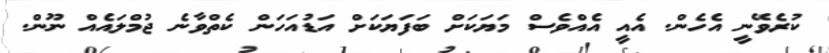
ކުރެވޭނީ އެހެން. އެއީ އެއްވެސް މަޔަކަށް ބަފަޔަކަށް އަޑުއަހަން ކެތްވާނެ ޖުމްލައެއް ނޫން.